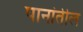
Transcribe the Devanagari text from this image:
पानांतील